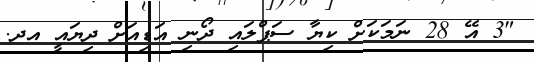
"3 އޭ 28 ނަމަކަށް ކިޔާ ސަޕްލައި ދޯނި އަޑިއަށް ދިޔައީ އދ.